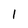
Character: 1